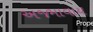
અજમાવાય